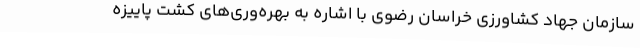
سازمان جهاد کشاورزی خراسان رضوی با اشاره به بهره‌وری‌های کشت پاییزه